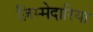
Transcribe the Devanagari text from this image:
ज़िम्मेदारिया